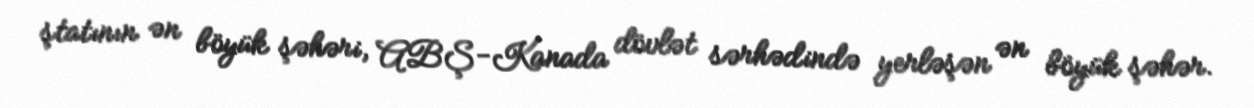
ştatının ən böyük şəhəri, ABŞ-Kanada dövlət sərhədində yerləşən ən böyük şəhər.